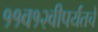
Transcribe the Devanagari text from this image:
११व१२वीपर्यंतचे